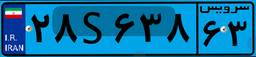
۲۸S۶۳۸۶۳